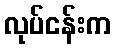
လုပ်ငန်းက